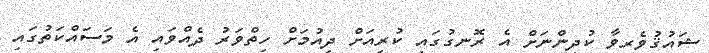
ޝައުޤުވެރިވާ ކުދިންނަށް އެ ރޮނގުގައި ކުރިއަށް ދިއުމަށް ހިތްވަރު ދެއްވައި އެ މަސައްކަތުގައި